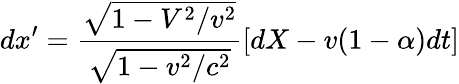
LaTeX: dx^{\prime}=\frac{\sqrt{1-V^{2}/v^{2}}}{\sqrt{1-v^{2}/c^{2}}}[dX-v(1-\alpha)dt]